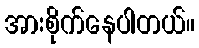
အားစိုက်နေပါတယ်။